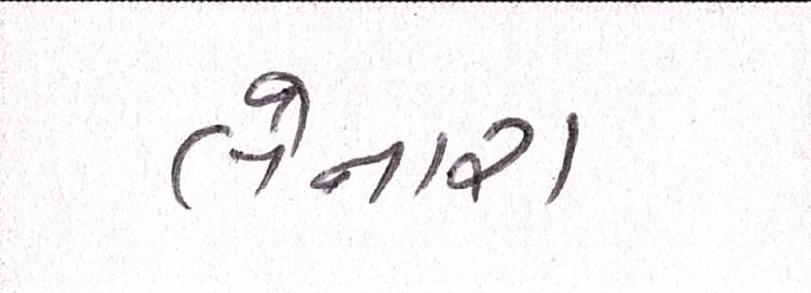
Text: લેનારા